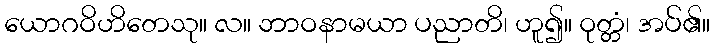
ယောဂဝိဟိတေသု။ လ။ ဘာဝနာမယာ ပညာတိ၊ ဟူ၍။ ဝုတ္တံ၊ အပ်၏။